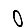
Digit: 0